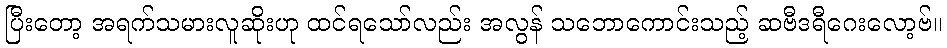
ပြီးတော့ အရက်သမားလူဆိုးဟု ထင်ရသော်လည်း အလွန် သဘောကောင်းသည့် ဆဗီဒရီဂေးလော့ဗ်။